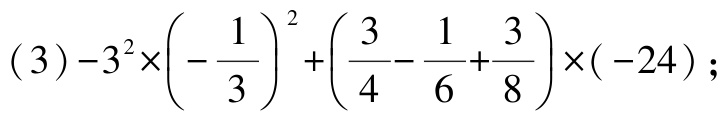
(3)$-3^{2}\times\left(-\dfrac{1}{3}\right)^{2}+\left(\dfrac{3}{4}-\dfrac{1}{6}+\dfrac{3}{8}\right)\times(-24)$;